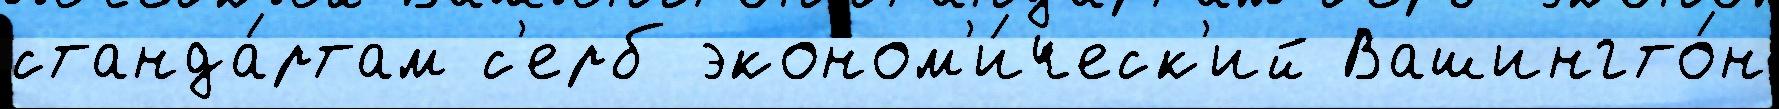
станда́ртам с'ерб эконом'и́ческ'ий Вашингто́н